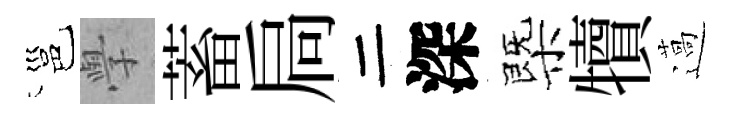
邕𭓕蓄扃二深㮣犢薖